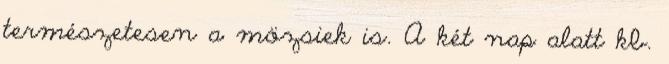
természetesen a mözsiek is. A két nap alatt kb.